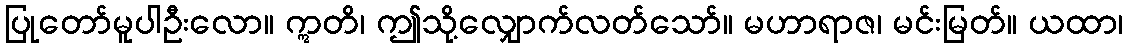
ပြုတော်မူပါဦးလော။ ဣတိ၊ ဤသို့လျှောက်လတ်သော်။ မဟာရာဇ၊ မင်းမြတ်။ ယထာ၊